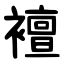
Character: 襢